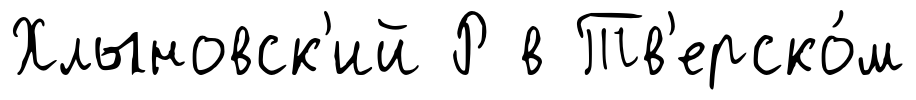
Хлыновск'ий Р в Тв'ерско́м